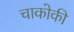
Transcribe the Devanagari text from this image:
चाकोकी